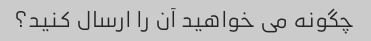
چگونه می خواهید آن را ارسال کنید؟